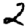
Digit: 2